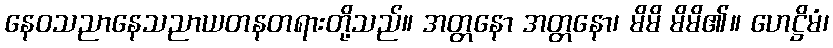
နေဝသညာနေသညာယတနတရားတို့သည်။ အတ္တနော အတ္တနော၊ မိမိ မိမိ၏။ ဟေဋ္ဌိမံ၊